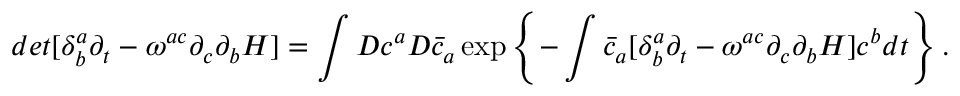
d e t [ \delta _ { b } ^ { a } \partial _ { t } - \omega ^ { a c } \partial _ { c } \partial _ { b } H ] = \int { \cal D } c ^ { a } { \cal D } { \bar { c } } _ { a } \exp \left\{ - \int { \bar { c } } _ { a } [ \delta _ { b } ^ { a } \partial _ { t } - \omega ^ { a c } \partial _ { c } \partial _ { b } H ] c ^ { b } d t \right\} .